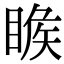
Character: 𥈑